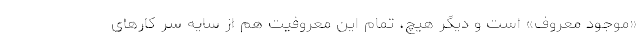
«موجود معروف» است و دیگر هیچ، تمام این معروفیت هم از سایه سر کارهای